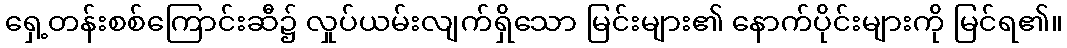
ရှေ့တန်းစစ်ကြောင်းဆီ၌ လှုပ်ယမ်းလျက်ရှိသော မြင်းများ၏ နောက်ပိုင်းများကို မြင်ရ၏။